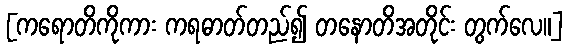
[ကရောတိကိုကား ကရဓာတ်တည်၍ တနောတိအတိုင်း တွက်လေ။]